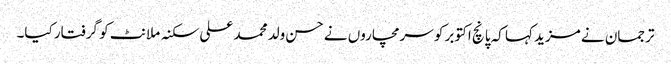
ترجمان نے مزید کہا کہ پانچ اکتوبر کو سرمچاروں نے حسن ولد محمد علی سکنہ ملانٹ کو گرفتار کیا۔